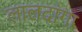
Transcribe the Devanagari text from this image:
लालदांगा